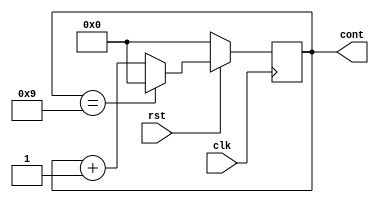
module Cont_M10(input clk, rst, 
					 output reg [3:0] cont);
					 
	always @(posedge clk)
		begin
			if(!rst)
			cont = 0; //para voltar pro zero
			else
				begin
					if(cont == 9)
						cont = 0;
					else
						cont = cont + 1;
				end
		end
endmodule